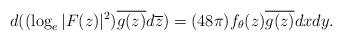
LaTeX: \begin{align*}d((\log_{e}|F(z)|^2) \overline{g(z)}d\overline{z})=(48 \pi)f_{\theta}(z)\overline{g(z)} dxdy.\end{align*}